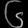
Digit: ၆